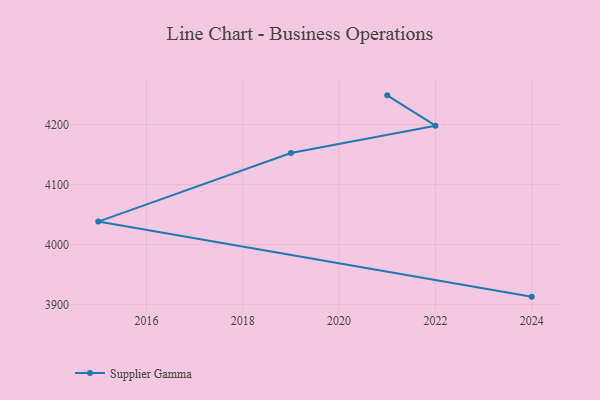
{"axis": {"x": "Year", "y": "Page Views"}, "legend": ["Supplier Gamma"], "data": [{"x": "2021", "y": 4248.8, "type": "Supplier Gamma"}, {"x": "2022", "y": 4198.2, "type": "Supplier Gamma"}, {"x": "2019", "y": 4152.6, "type": "Supplier Gamma"}, {"x": "2015", "y": 4038.3, "type": "Supplier Gamma"}, {"x": "2024", "y": 3913.2, "type": "Supplier Gamma"}]}